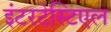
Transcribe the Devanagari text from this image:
इंटरटेस्टिएल